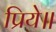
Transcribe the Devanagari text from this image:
प्रिये॥